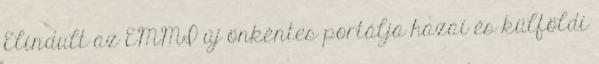
Elindult az EMMI új önkéntes portálja hazai és külföldi